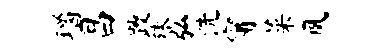
瑙昌躞殊弘洗甯菜夙